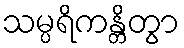
သမ္ပရိကန္တိတွာ